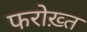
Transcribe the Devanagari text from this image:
फरोख़्त